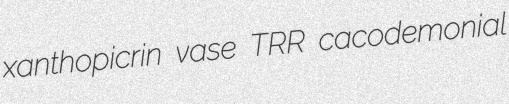
xanthopicrin vase TRR cacodemonial